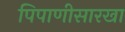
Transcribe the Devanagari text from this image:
पिपाणीसारखा